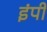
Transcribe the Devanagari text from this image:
इंपी